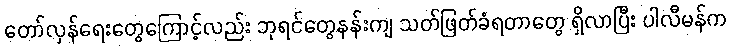
တော်လှန်ရေးတွေကြောင့်လည်း ဘုရင်တွေနန်းကျ သတ်ဖြတ်ခံရတာတွေ ရှိလာပြီး ပါလီမန်က